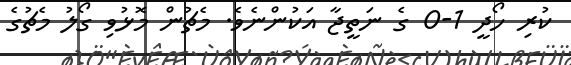
ކުރި ހޯދީ 1-0 ގެ ނަތީޖާ އަކުންނެވެ. މެޗުން މޮޅުވި ގޯލު މެޗުގެ